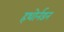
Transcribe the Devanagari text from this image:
हथोर्नडन